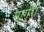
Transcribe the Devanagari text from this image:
मार्गरी